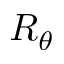
R _ { \theta }